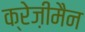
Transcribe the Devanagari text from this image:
क्रेज़ीमैन